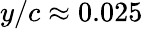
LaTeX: y/c\approx 0.025